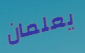
يعلمان